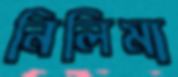
নিলিমা